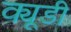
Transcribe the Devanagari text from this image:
क्यूडी